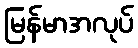
မြန်မာအလုပ်